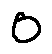
0